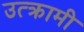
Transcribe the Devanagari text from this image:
उत्क्रामी